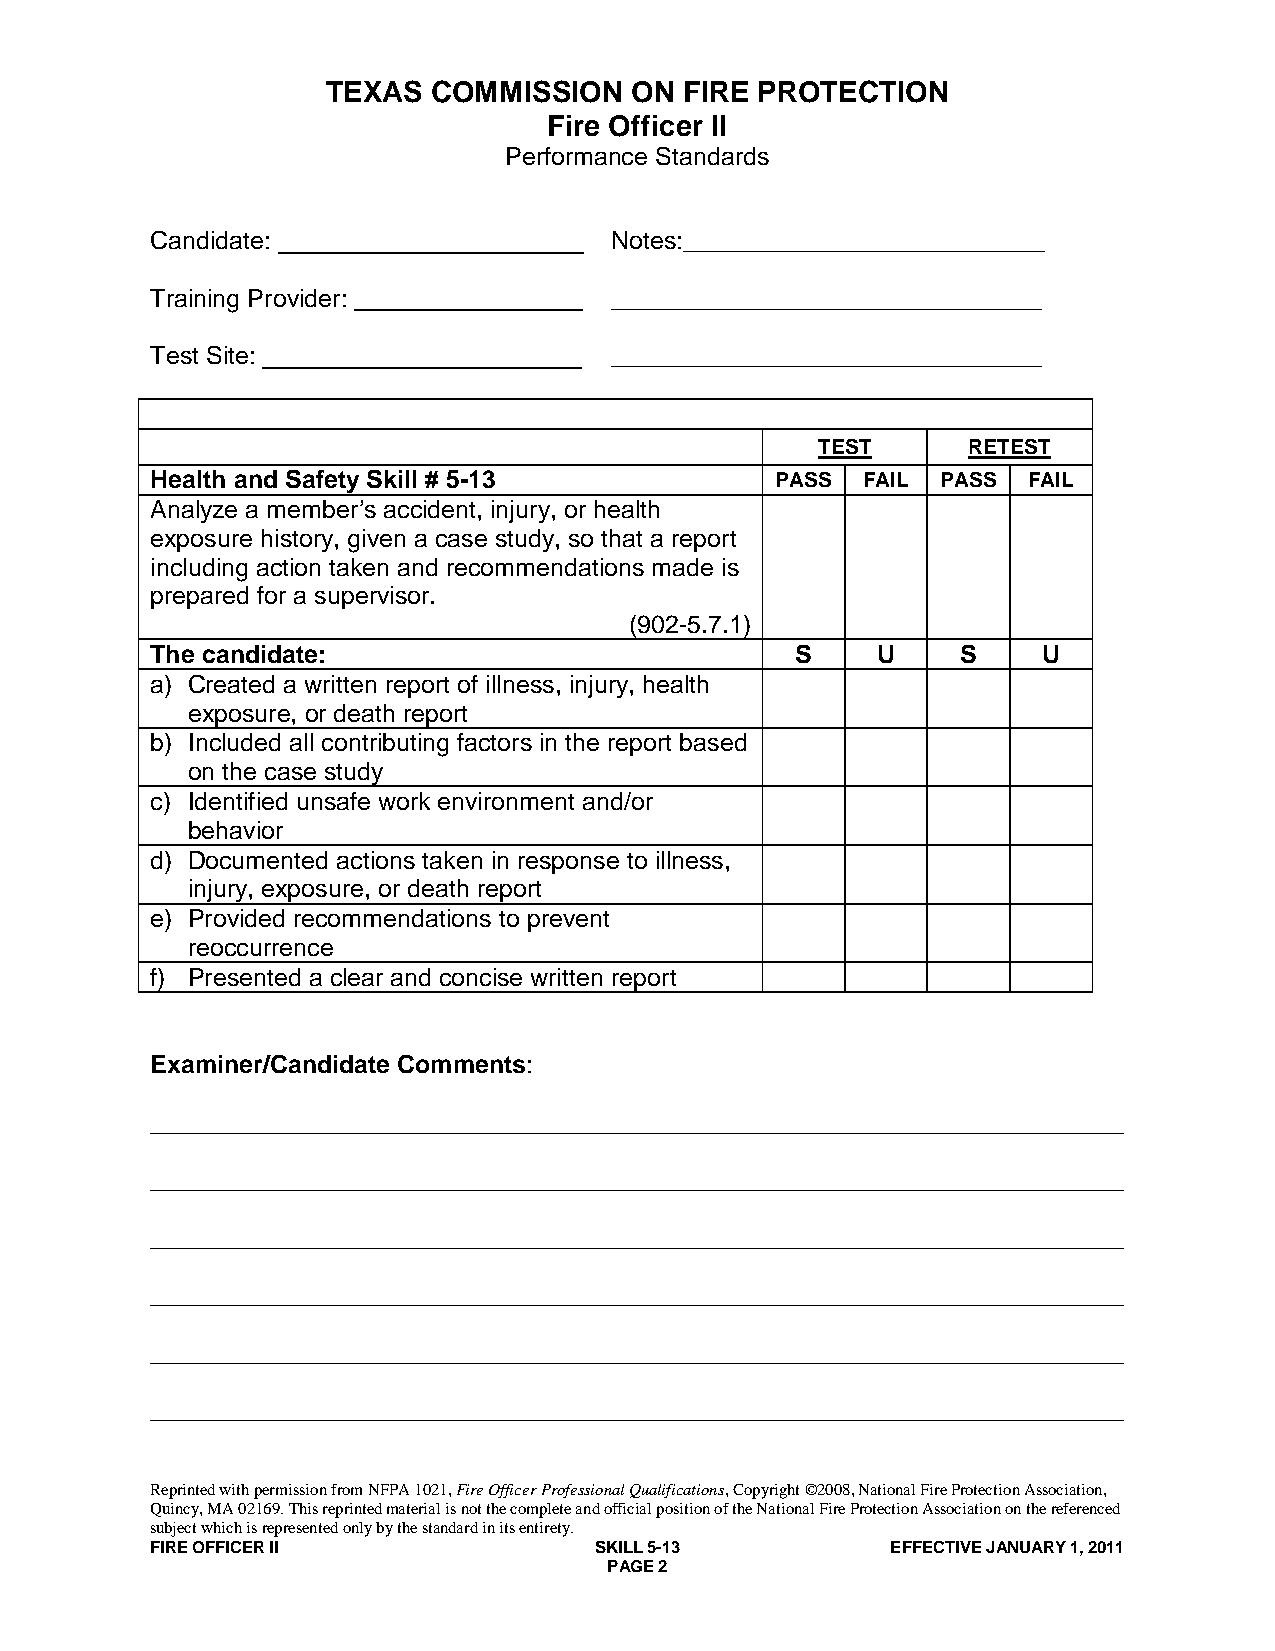
TEXAS  COMMISSION   ON FIRE PROTECTION
 Fire Officer II
 Performance Standards
 Candidate:                    Notes:__________________________
 Training Provider:            _______________________________
 Test Site:                    _______________________________
 TEST      RETEST
 Health and Safety Skill # 5-13           PASS  FAIL PASS  FAIL
 Analyze a member’s accident, injury, or health
 exposure history, given a case study, so that a report
 including action taken and recommendations made is
 prepared for a supervisor.
 (902-5.7.1)
 The candidate:                             S    U     S    U
 a) Created a written report of illness, injury, health
 exposure, or death report
 b) Included all contributing factors in the report based
 on the case study
 c) Identified unsafe work environment and/or
 behavior
 d) Documented actions taken in response to illness,
 injury, exposure, or death report
 e) Provided recommendations to prevent
 reoccurrence
 f) Presented a clear and concise written report
 Examiner/Candidate Comments:
 ______________________________________________________________________
 ______________________________________________________________________
 ______________________________________________________________________
 ______________________________________________________________________
 ______________________________________________________________________
 ______________________________________________________________________
 Reprinted with permission from NFPA 1021, Fire Officer Professional Qualifications, Copyright ©2008, National Fire Protection Association,
 Quincy, MA 02169. This reprinted material is not the complete and official position of the National Fire Protection Association on the referenced
 subject which is represented only by the standard in its entirety.
 FIRE OFFICER II              SKILL 5-13          EFFECTIVE JANUARY 1, 2011
 PAGE 2